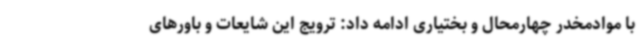
با موادمخدر چهارمحال و بختیاری ادامه داد: ترویج این شایعات و باورهای